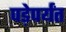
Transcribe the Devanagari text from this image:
पड़ेपर्यंत